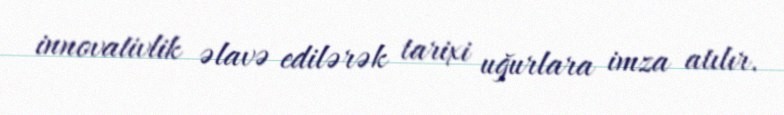
innovativlik əlavə edilərək tarixi uğurlara imza atılır.